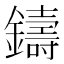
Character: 鑄